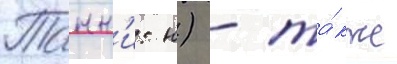
Танн'и: н) - та́кже